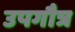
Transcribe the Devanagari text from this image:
उपगौत्र